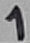
Text: 1